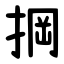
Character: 掆